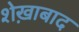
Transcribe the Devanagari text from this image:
शेख़ाबाद